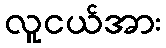
လူငယ်အား